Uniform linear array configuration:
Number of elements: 16
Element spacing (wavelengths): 0.5
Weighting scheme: binomial
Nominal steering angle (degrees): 15
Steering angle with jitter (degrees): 14.671
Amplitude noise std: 0.05
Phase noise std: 0.05

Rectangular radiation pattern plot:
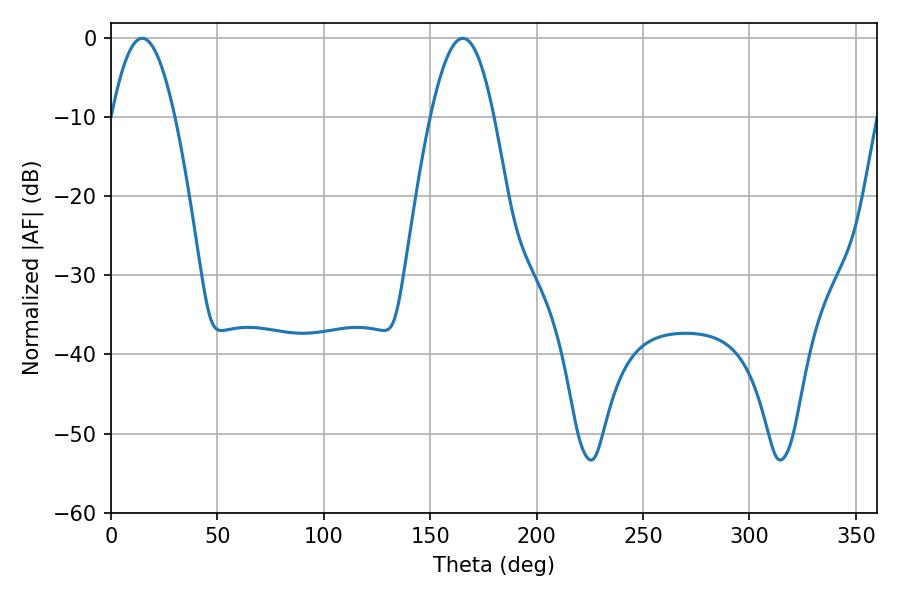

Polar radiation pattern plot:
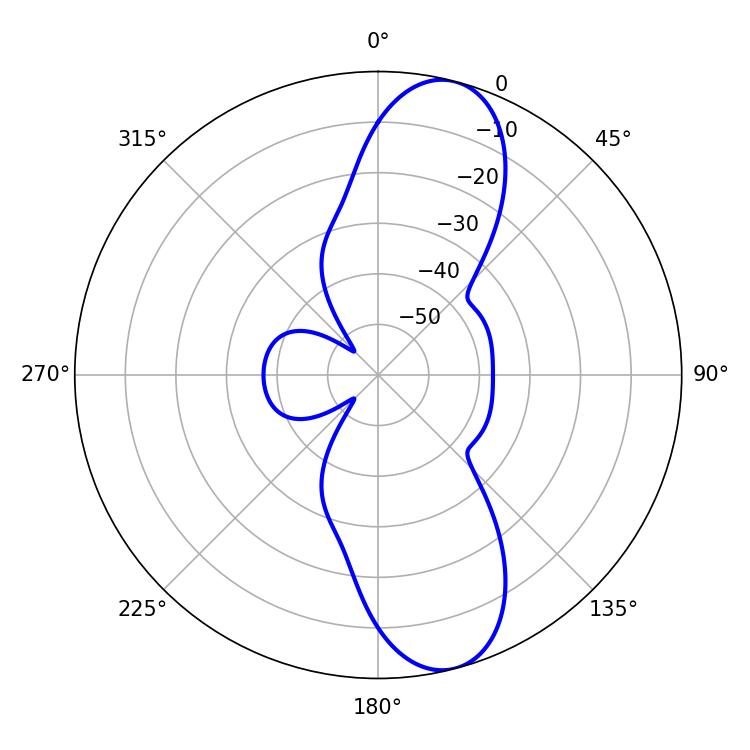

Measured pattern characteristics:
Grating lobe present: FALSE
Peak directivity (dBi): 11.085
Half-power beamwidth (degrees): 16.2
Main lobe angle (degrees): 14.76